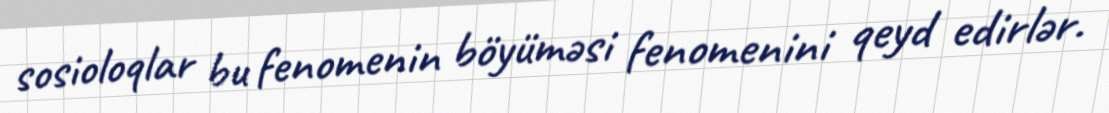
sosioloqlar bu fenomenin böyüməsi fenomenini qeyd edirlər.